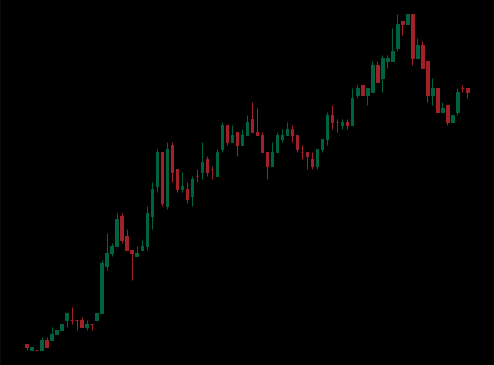
Pattern: bear_flag